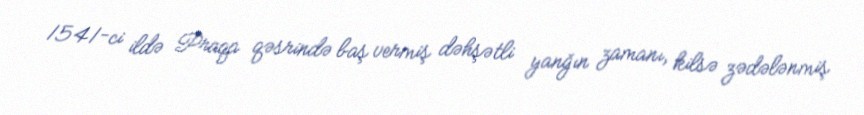
1541-ci ildə Praqa qəsrində baş vermiş dəhşətli yanğın zamanı, kilsə zədələnmiş